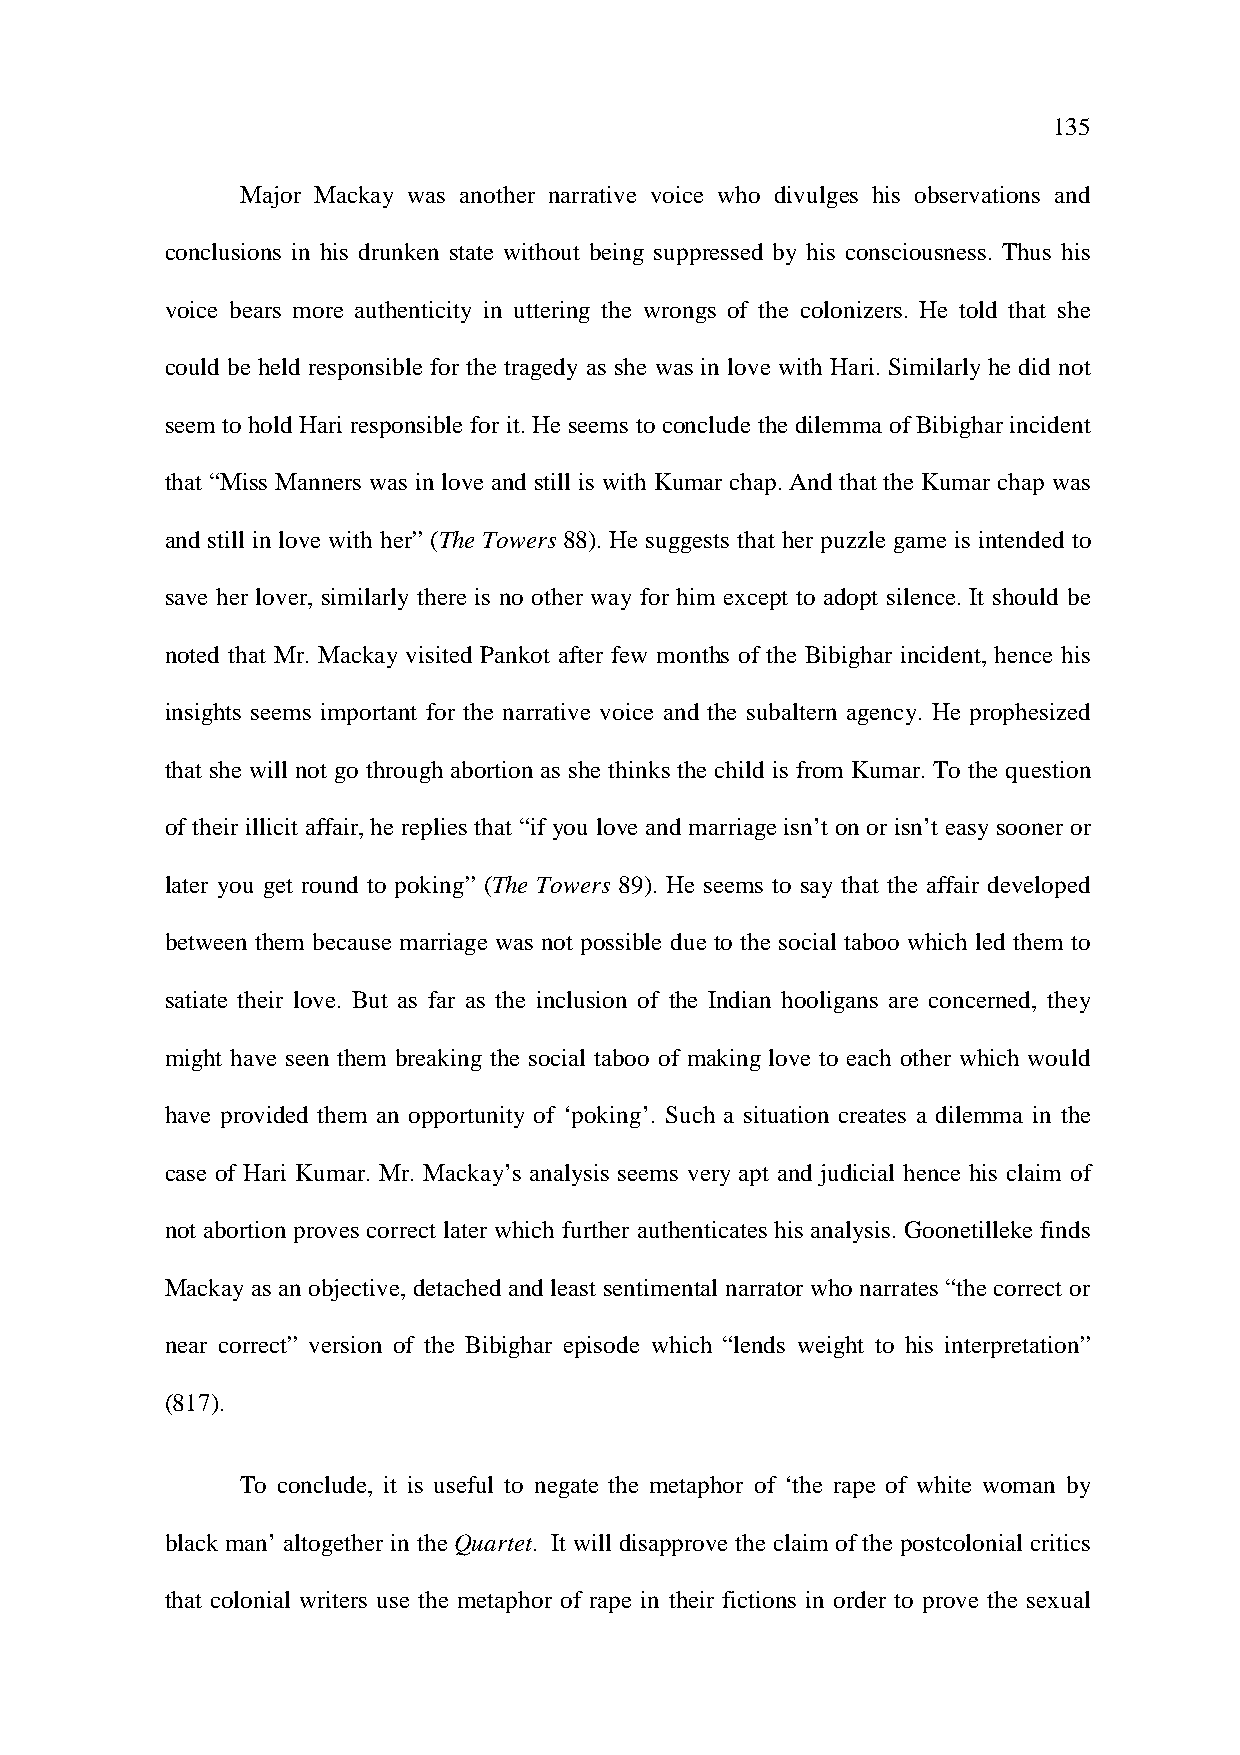
135
 Major Mackay was another narrative voice who divulges his observations and
 conclusions in his drunken state without being suppressed by his consciousness. Thus his
 voice bears more authenticity in uttering the wrongs of the colonizers. He told that she
 could be held responsible for the tragedy as she was in love with Hari. Similarly he did not
 seem to hold Hari responsible for it. He seems to conclude the dilemma of Bibighar incident
 that “Miss Manners was in love and still is with Kumar chap. And that the Kumar chap was
 and still in love with her” (The Towers 88). He suggests that her puzzle game is intended to
 save her lover, similarly there is no other way for him except to adopt silence. It should be
 noted that Mr. Mackay visited Pankot after few months of the Bibighar incident, hence his
 insights seems important for the narrative voice and the subaltern agency. He prophesized
 that she will not go through abortion as she thinks the child is from Kumar. To the question
 of their illicit affair, he replies that “if you love and marriage isn’t on or isn’t easy sooner or
 later you get round to poking” (The Towers 89). He seems to say that the affair developed
 between them because marriage was not possible due to the social taboo which led them to
 satiate their love. But as far as the inclusion of the Indian hooligans are concerned, they
 might have seen them breaking the social taboo of making love to each other which would
 have provided them an opportunity of ‘poking’. Such a situation creates a dilemma in the
 case of Hari Kumar. Mr. Mackay’s analysis seems very apt and judicial hence his claim of
 not abortion proves correct later which further authenticates his analysis. Goonetilleke finds
 Mackay as an objective, detached and least sentimental narrator who narrates “the correct or
 near correct” version of the Bibighar episode which “lends weight to his interpretation”
 (817).
 To conclude, it is useful to negate the metaphor of ‘the rape of white woman by
 black man’ altogether in the Quartet. It will disapprove the claim of the postcolonial critics
 that colonial writers use the metaphor of rape in their fictions in order to prove the sexual